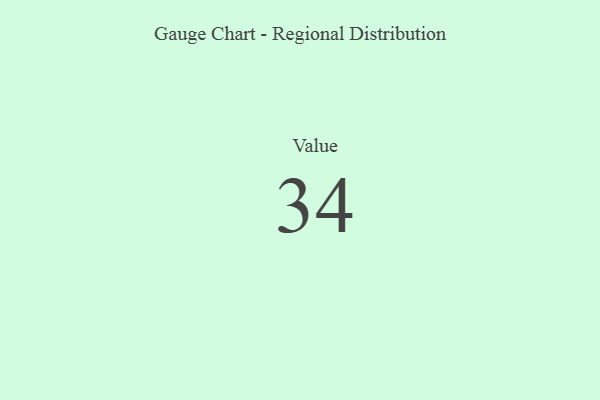
{"axis": {"x": "Metric", "y": "Value"}, "legend": [""], "data": [{"x": "Value", "y": 34, "type": ""}]}